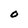
Character: O